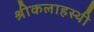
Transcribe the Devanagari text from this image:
श्रीकलाहस्थी